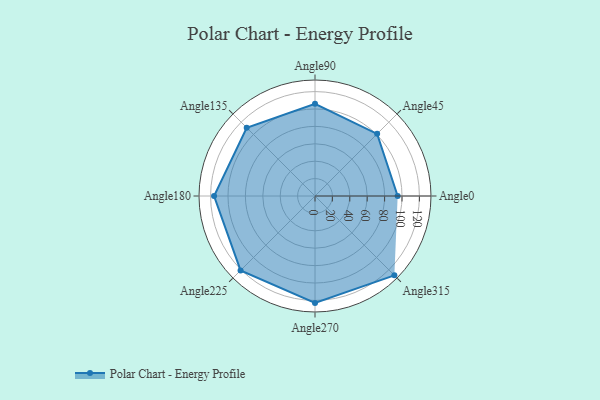
{"axis": {"x": "Angle", "y": "Radius"}, "legend": [""], "data": [{"x": "Angle0", "y": 95.0, "type": ""}, {"x": "Angle45", "y": 101.0, "type": ""}, {"x": "Angle90", "y": 106.0, "type": ""}, {"x": "Angle135", "y": 111.0, "type": ""}, {"x": "Angle180", "y": 116.0, "type": ""}, {"x": "Angle225", "y": 121.0, "type": ""}, {"x": "Angle270", "y": 123.0, "type": ""}, {"x": "Angle315", "y": 129.0, "type": ""}]}